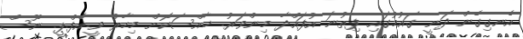
އެނގިގެން ދަނީ ގައުމުގައި ފިތުނަ އުފައްދާ މިންވަރު. ޚާއްސަކޮށް މިހާރު ވީ.އެފް.ޕީ. ނޫސް